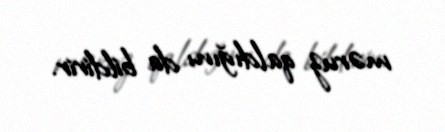
məruz qaldığını da bildirir.